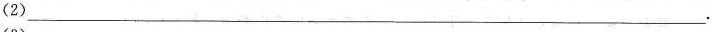
（2）___.